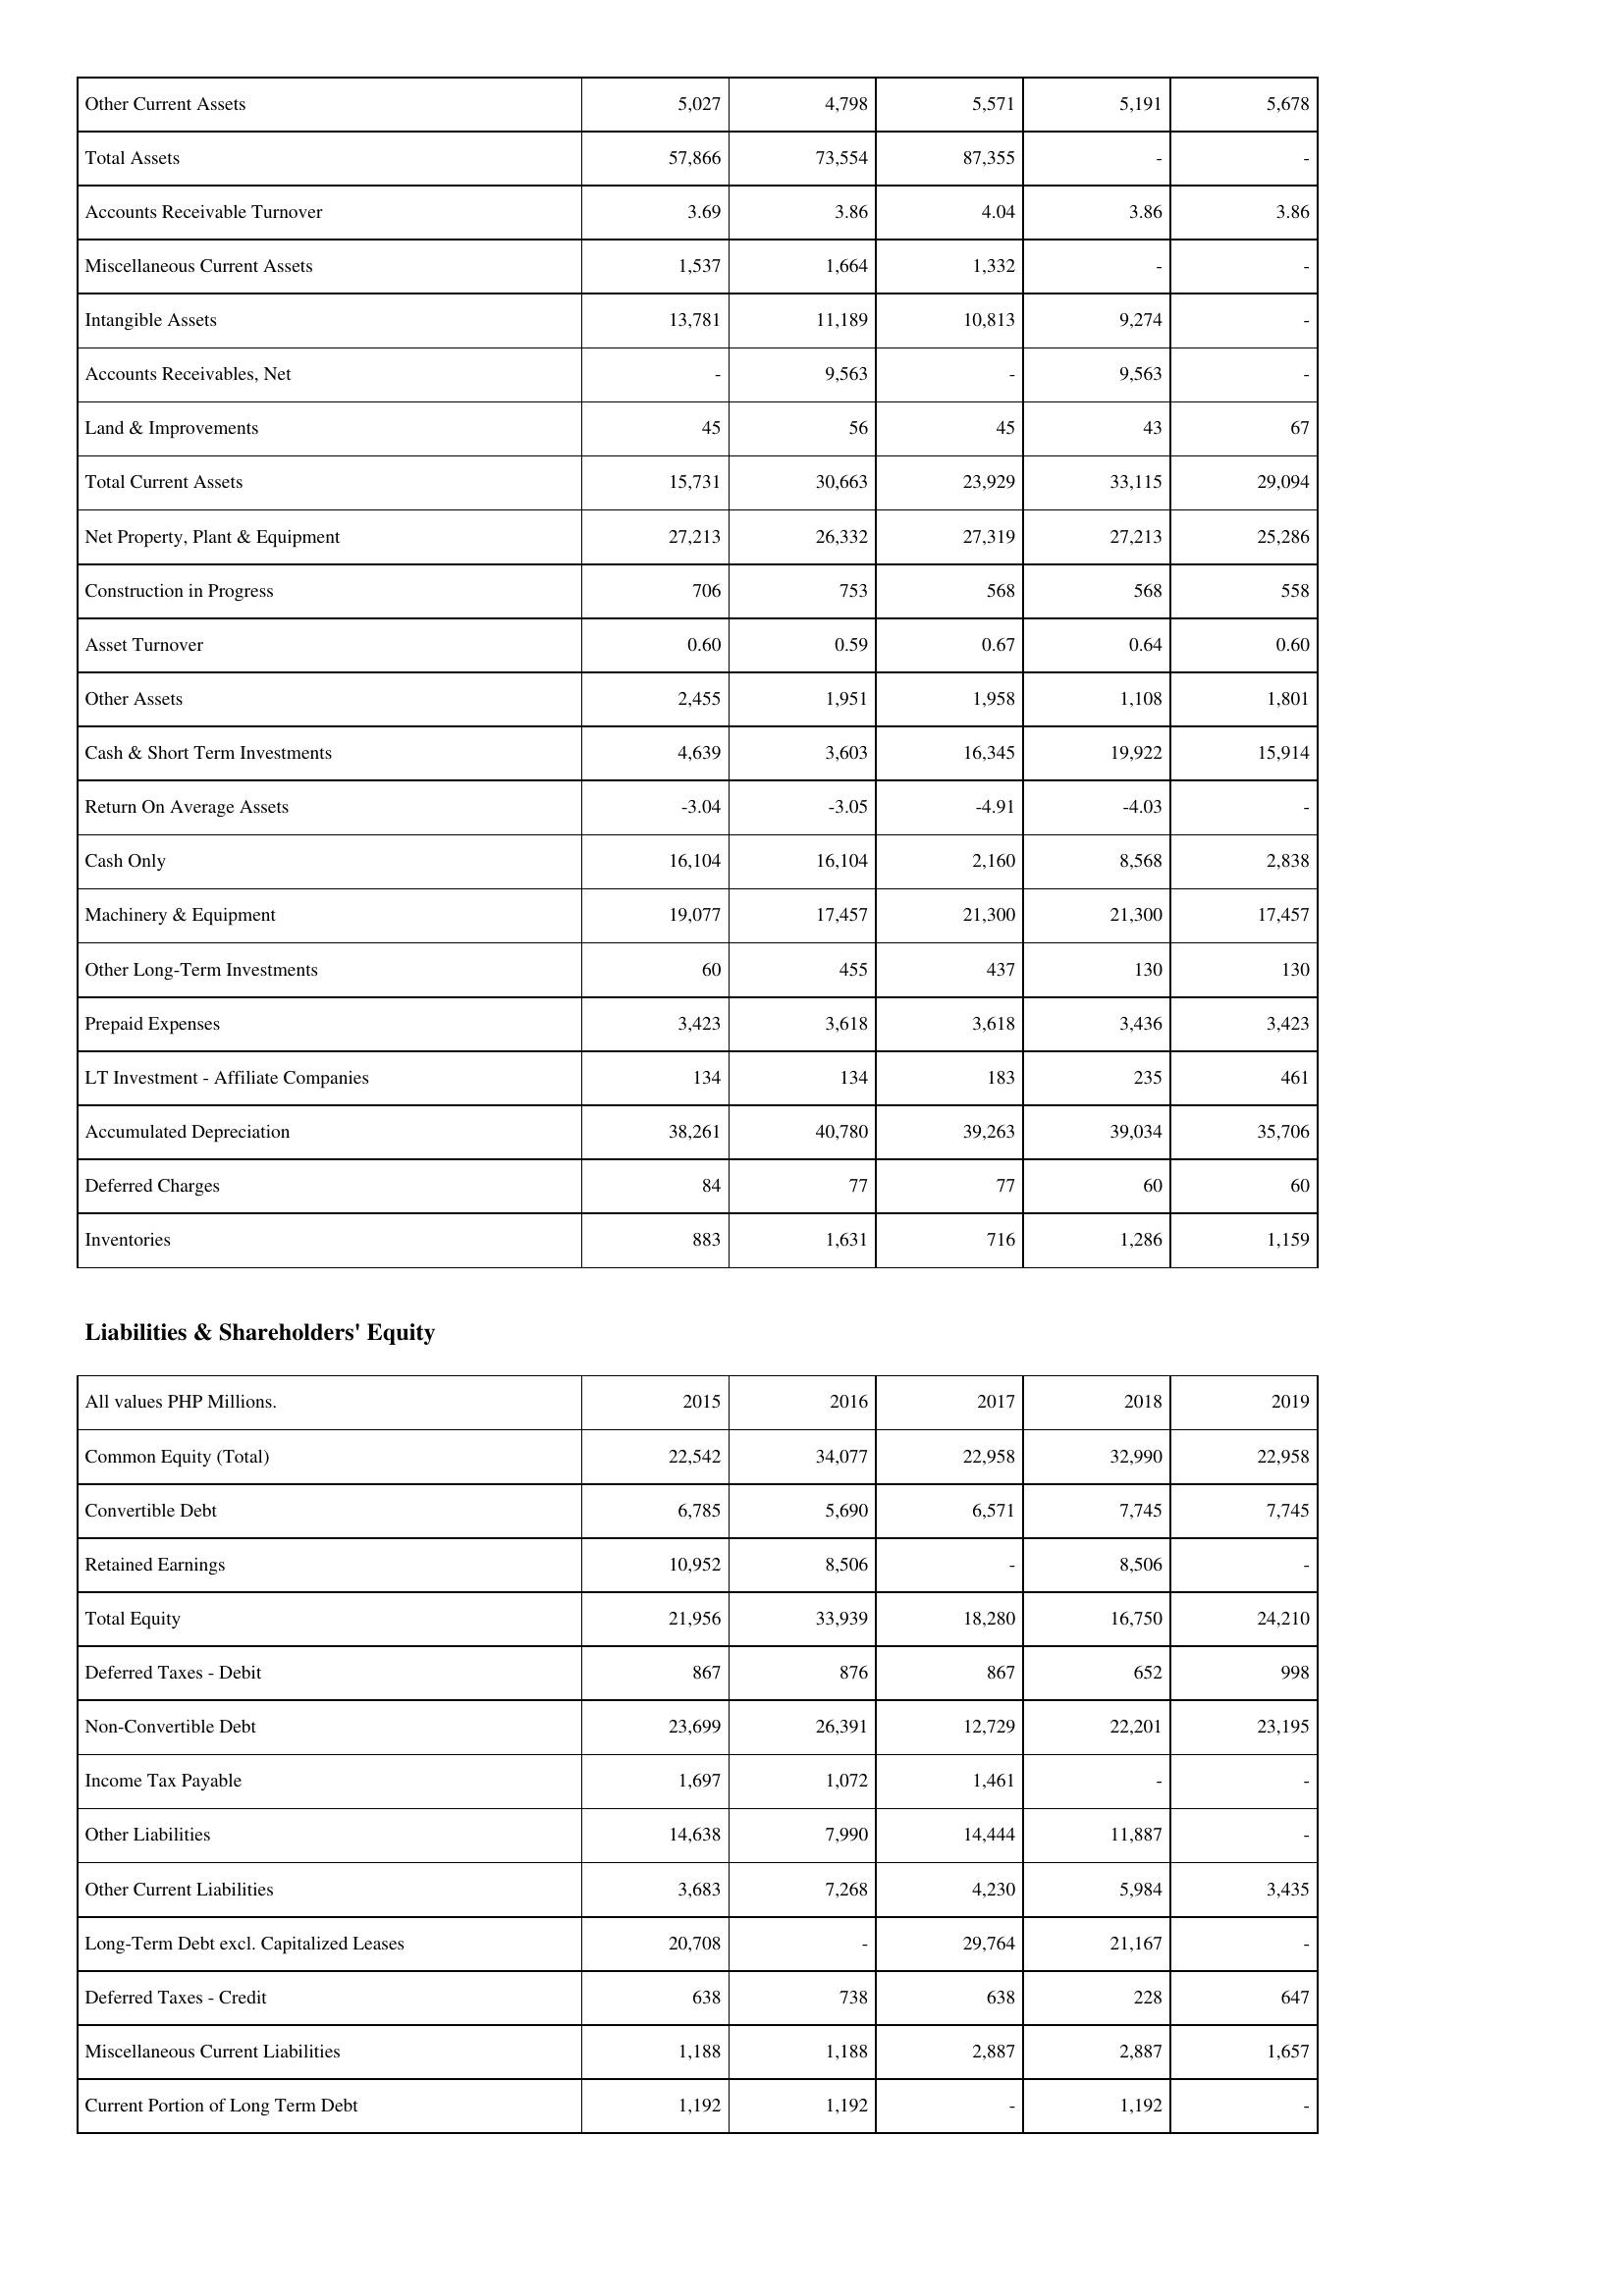
2015: Assets: Other Current Assets: 5,027
Total Assets: 57,866
Accounts Receivable Turnover: 3.69
Miscellaneous Current Assets: 1,537
Intangible Assets: 13,781
Accounts Receivables, Net: -
Land & Improvements: 45
Total Current Assets: 15,731
Net Property, Plant & Equipment: 27,213
Construction in Progress: 706
Asset Turnover: 0.60
Other Assets: 2,455
Cash & Short Term Investments: 4,639
Return On Average Assets: -3.04
Cash Only: 16,104
Machinery & Equipment: 19,077
Other Long-Term Investments: 60
Prepaid Expenses: 3,423
LT Investment - Affiliate Companies: 134
Accumulated Depreciation: 38,261
Deferred Charges: 84
Inventories: 883
Liabilities & Shareholders' Equity: Common Equity (Total): 22,542
Convertible Debt: 6,785
Retained Earnings: 10,952
Total Equity: 21,956
Deferred Taxes - Debit: 867
Non-Convertible Debt: 23,699
Income Tax Payable: 1,697
Other Liabilities: 14,638
Other Current Liabilities: 3,683
Long-Term Debt excl. Capitalized Leases: 20,708
Deferred Taxes - Credit: 638
Miscellaneous Current Liabilities: 1,188
Current Portion of Long Term Debt: 1,192
2016: Assets: Other Current Assets: 4,798
Total Assets: 73,554
Accounts Receivable Turnover: 3.86
Miscellaneous Current Assets: 1,664
Intangible Assets: 11,189
Accounts Receivables, Net: 9,563
Land & Improvements: 56
Total Current Assets: 30,663
Net Property, Plant & Equipment: 26,332
Construction in Progress: 753
Asset Turnover: 0.59
Other Assets: 1,951
Cash & Short Term Investments: 3,603
Return On Average Assets: -3.05
Cash Only: 16,104
Machinery & Equipment: 17,457
Other Long-Term Investments: 455
Prepaid Expenses: 3,618
LT Investment - Affiliate Companies: 134
Accumulated Depreciation: 40,780
Deferred Charges: 77
Inventories: 1,631
Liabilities & Shareholders' Equity: Common Equity (Total): 34,077
Convertible Debt: 5,690
Retained Earnings: 8,506
Total Equity: 33,939
Deferred Taxes - Debit: 876
Non-Convertible Debt: 26,391
Income Tax Payable: 1,072
Other Liabilities: 7,990
Other Current Liabilities: 7,268
Long-Term Debt excl. Capitalized Leases: -
Deferred Taxes - Credit: 738
Miscellaneous Current Liabilities: 1,188
Current Portion of Long Term Debt: 1,192
2017: Assets: Other Current Assets: 5,571
Total Assets: 87,355
Accounts Receivable Turnover: 4.04
Miscellaneous Current Assets: 1,332
Intangible Assets: 10,813
Accounts Receivables, Net: -
Land & Improvements: 45
Total Current Assets: 23,929
Net Property, Plant & Equipment: 27,319
Construction in Progress: 568
Asset Turnover: 0.67
Other Assets: 1,958
Cash & Short Term Investments: 16,345
Return On Average Assets: -4.91
Cash Only: 2,160
Machinery & Equipment: 21,300
Other Long-Term Investments: 437
Prepaid Expenses: 3,618
LT Investment - Affiliate Companies: 183
Accumulated Depreciation: 39,263
Deferred Charges: 77
Inventories: 716
Liabilities & Shareholders' Equity: Common Equity (Total): 22,958
Convertible Debt: 6,571
Retained Earnings: -
Total Equity: 18,280
Deferred Taxes - Debit: 867
Non-Convertible Debt: 12,729
Income Tax Payable: 1,461
Other Liabilities: 14,444
Other Current Liabilities: 4,230
Long-Term Debt excl. Capitalized Leases: 29,764
Deferred Taxes - Credit: 638
Miscellaneous Current Liabilities: 2,887
Current Portion of Long Term Debt: -
2018: Assets: Other Current Assets: 5,191
Total Assets: -
Accounts Receivable Turnover: 3.86
Miscellaneous Current Assets: -
Intangible Assets: 9,274
Accounts Receivables, Net: 9,563
Land & Improvements: 43
Total Current Assets: 33,115
Net Property, Plant & Equipment: 27,213
Construction in Progress: 568
Asset Turnover: 0.64
Other Assets: 1,108
Cash & Short Term Investments: 19,922
Return On Average Assets: -4.03
Cash Only: 8,568
Machinery & Equipment: 21,300
Other Long-Term Investments: 130
Prepaid Expenses: 3,436
LT Investment - Affiliate Companies: 235
Accumulated Depreciation: 39,034
Deferred Charges: 60
Inventories: 1,286
Liabilities & Shareholders' Equity: Common Equity (Total): 32,990
Convertible Debt: 7,745
Retained Earnings: 8,506
Total Equity: 16,750
Deferred Taxes - Debit: 652
Non-Convertible Debt: 22,201
Income Tax Payable: -
Other Liabilities: 11,887
Other Current Liabilities: 5,984
Long-Term Debt excl. Capitalized Leases: 21,167
Deferred Taxes - Credit: 228
Miscellaneous Current Liabilities: 2,887
Current Portion of Long Term Debt: 1,192
2019: Assets: Other Current Assets: 5,678
Total Assets: -
Accounts Receivable Turnover: 3.86
Miscellaneous Current Assets: -
Intangible Assets: -
Accounts Receivables, Net: -
Land & Improvements: 67
Total Current Assets: 29,094
Net Property, Plant & Equipment: 25,286
Construction in Progress: 558
Asset Turnover: 0.60
Other Assets: 1,801
Cash & Short Term Investments: 15,914
Return On Average Assets: -
Cash Only: 2,838
Machinery & Equipment: 17,457
Other Long-Term Investments: 130
Prepaid Expenses: 3,423
LT Investment - Affiliate Companies: 461
Accumulated Depreciation: 35,706
Deferred Charges: 60
Inventories: 1,159
Liabilities & Shareholders' Equity: Common Equity (Total): 22,958
Convertible Debt: 7,745
Retained Earnings: -
Total Equity: 24,210
Deferred Taxes - Debit: 998
Non-Convertible Debt: 23,195
Income Tax Payable: -
Other Liabilities: -
Other Current Liabilities: 3,435
Long-Term Debt excl. Capitalized Leases: -
Deferred Taxes - Credit: 647
Miscellaneous Current Liabilities: 1,657
Current Portion of Long Term Debt: -